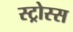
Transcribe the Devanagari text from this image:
स्ट्रोस्स